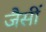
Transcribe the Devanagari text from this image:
जैसीं